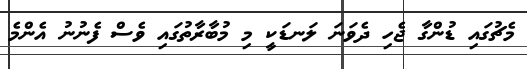
މެޗުގައި ޑުންގާ ޖެހި ދެވަނަ ލަނޑަކީ މި މުބާރާތުގައި ވެސް ފެނުނު އެންމެ